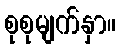
စုစုမျက်နှာ။